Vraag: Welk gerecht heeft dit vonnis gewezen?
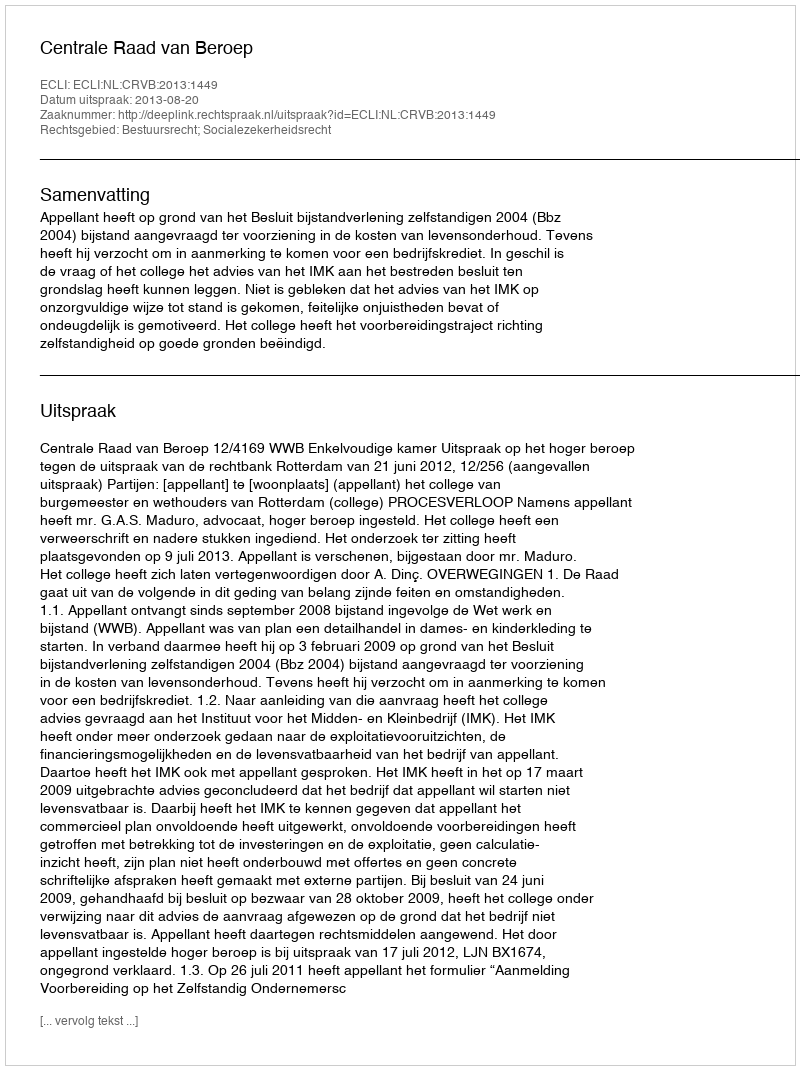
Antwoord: Centrale Raad van Beroep